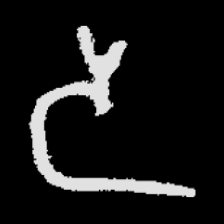
Pyu character \u2014 Myanmar letter: ဒ (romanized: da)